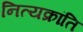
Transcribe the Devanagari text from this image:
नित्यक्रांति